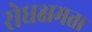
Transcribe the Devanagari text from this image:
रोधक्षमता